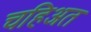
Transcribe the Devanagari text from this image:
चहिअत